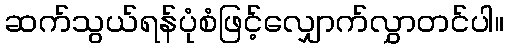
ဆက်သွယ်ရန်ပုံစံဖြင့်လျှောက်လွှာတင်ပါ။